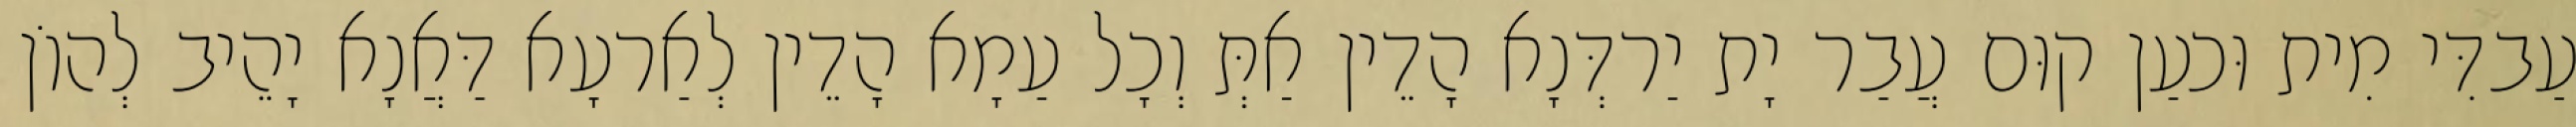
עַבדִּי מִית וּכעַן קוּם עֲבַר יָת יַרדְּנָא הָדֵין אַתְּ וְכָל עַמָא הָדֵין לְאַרעָא דַּאֲנָא יָהֵיב לְהוֹן